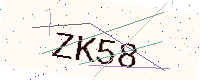
Text: ZK58